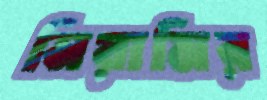
নিয়ামির